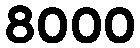
8000